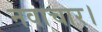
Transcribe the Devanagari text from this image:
नवाचार।